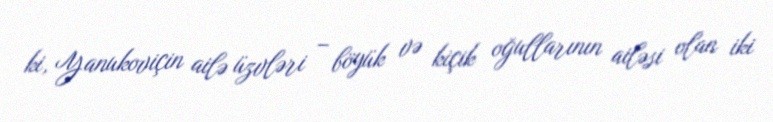
ki, Yanukoviçin ailə üzvləri – böyük və kiçik oğullarının ailəsi olan iki